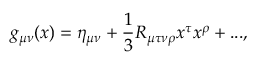
g _ { \mu \nu } ( x ) = \eta _ { \mu \nu } + \frac 1 3 R _ { \mu \tau \nu \rho } x ^ { \tau } x ^ { \rho } + . . . ,